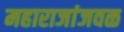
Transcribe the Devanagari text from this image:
महाराजांजवळ